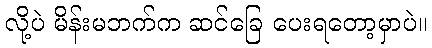
လို့ပဲ မိန်းမဘက်က ဆင်ခြေ ပေးရတော့မှာပဲ။